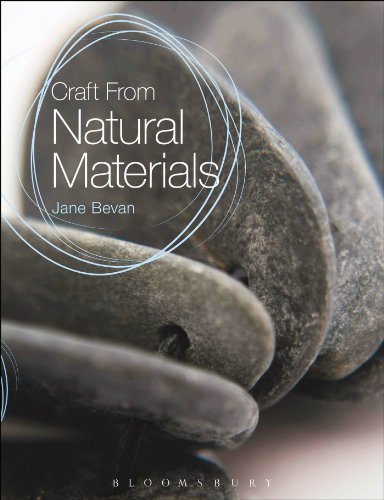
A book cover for Craft From Natural Materials; Jane Bevan; Crafts, Hobbies & Home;